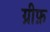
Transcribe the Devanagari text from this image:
ग्रीफ़